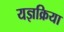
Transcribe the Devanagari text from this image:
यज्ञक्रिया